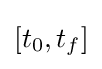
\left[t_{0},t_{f}\right]